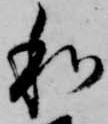
和